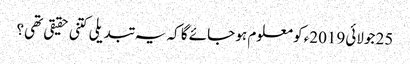
25 جولائی2019ء کو معلوم ہو جائے گا کہ یہ تبدیلی کتنی حقیقی تھی؟